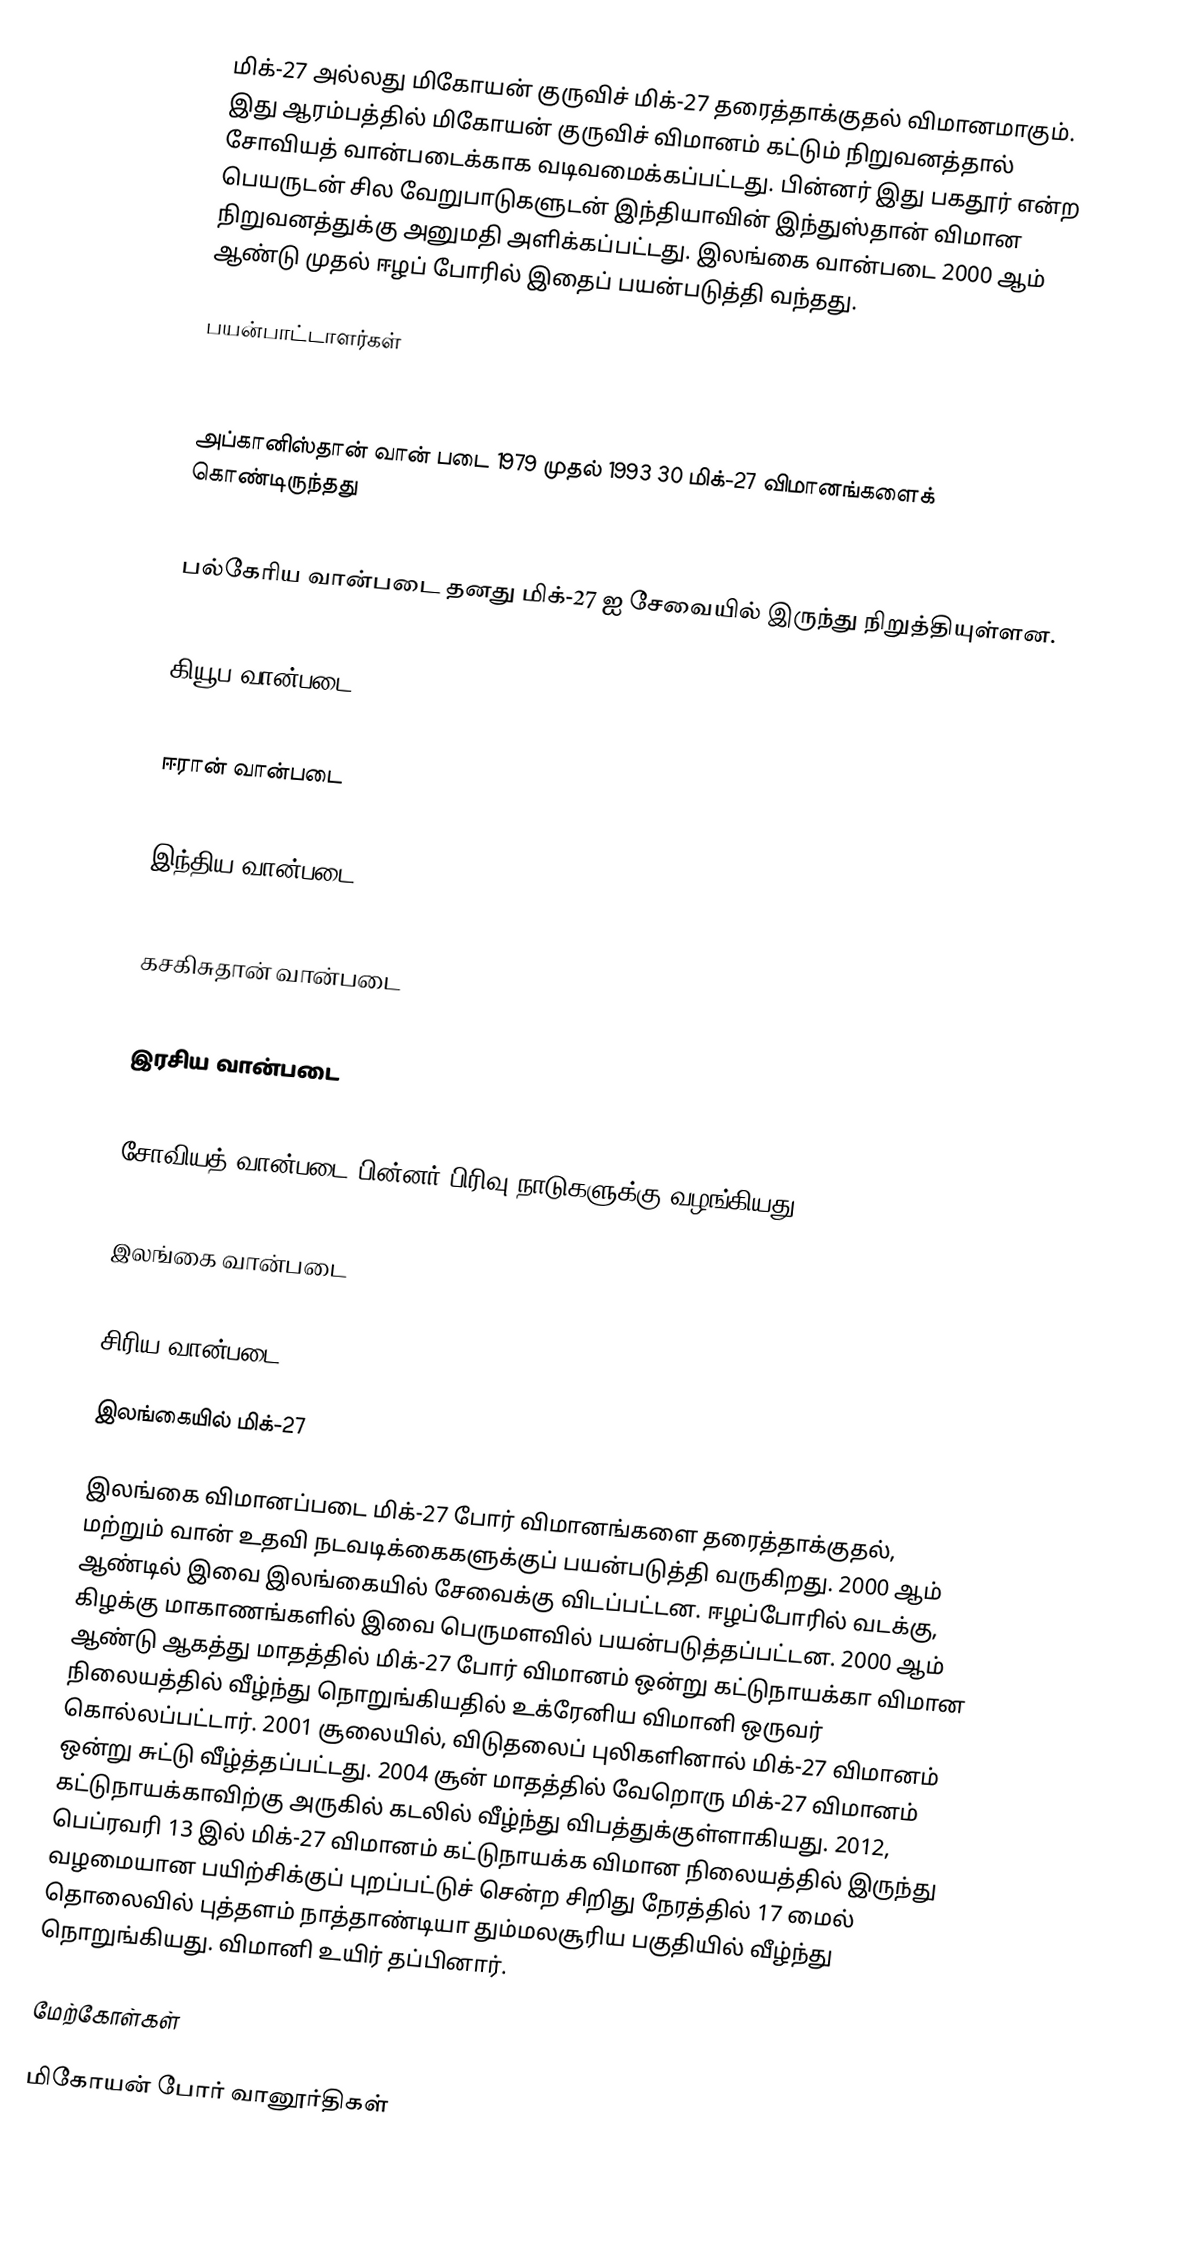
மிக்-27 அல்லது மிகோயன் குருவிச் மிக்-27 தரைத்தாக்குதல் விமானமாகும். இது ஆரம்பத்தில் மிகோயன் குருவிச் விமானம் கட்டும் நிறுவனத்தால் சோவியத் வான்படைக்காக வடிவமைக்கப்பட்டது. பின்னர் இது பகதூர் என்ற பெயருடன் சில வேறுபாடுகளுடன் இந்தியாவின் இந்துஸ்தான் விமான நிறுவனத்துக்கு அனுமதி அளிக்கப்பட்டது. இலங்கை வான்படை 2000 ஆம் ஆண்டு முதல் ஈழப் போரில் இதைப் பயன்படுத்தி வந்தது.

பயன்பாட்டாளர்கள்

 அப்கானிஸ்தான் வான் படை 1979 முதல் 1993 30 மிக்-27 விமானங்களைக் கொண்டிருந்தது

 பல்கேரிய வான்படை தனது மிக்-27 ஐ சேவையில் இருந்து நிறுத்தியுள்ளன.

 கியூப வான்படை

 ஈரான் வான்படை

 இந்திய வான்படை

 கசகிசுதான் வான்படை

 இரசிய வான்படை

 சோவியத் வான்படை பின்னர் பிரிவு நாடுகளுக்கு வழங்கியது.

 இலங்கை வான்படை

 சிரிய வான்படை

இலங்கையில் மிக்-27

இலங்கை விமானப்படை மிக்-27 போர் விமானங்களை தரைத்தாக்குதல், மற்றும் வான் உதவி நடவடிக்கைகளுக்குப் பயன்படுத்தி வருகிறது. 2000 ஆம் ஆண்டில் இவை இலங்கையில் சேவைக்கு விடப்பட்டன. ஈழப்போரில் வடக்கு, கிழக்கு மாகாணங்களில் இவை பெருமளவில் பயன்படுத்தப்பட்டன. 2000 ஆம் ஆண்டு ஆகத்து மாதத்தில் மிக்-27 போர் விமானம் ஒன்று கட்டுநாயக்கா விமான நிலையத்தில் வீழ்ந்து நொறுங்கியதில் உக்ரேனிய விமானி ஒருவர் கொல்லப்பட்டார். 2001 சூலையில், விடுதலைப் புலிகளினால் மிக்-27 விமானம் ஒன்று சுட்டு வீழ்த்தப்பட்டது. 2004 சூன் மாதத்தில் வேறொரு மிக்-27 விமானம் கட்டுநாயக்காவிற்கு அருகில் கடலில் வீழ்ந்து விபத்துக்குள்ளாகியது. 2012, பெப்ரவரி 13 இல் மிக்-27 விமானம் கட்டுநாயக்க விமான நிலையத்தில் இருந்து வழமையான பயிற்சிக்குப் புறப்பட்டுச் சென்ற சிறிது நேரத்தில் 17 மைல் தொலைவில் புத்தளம் நாத்தாண்டியா தும்மலசூரிய பகுதியில் வீழ்ந்து நொறுங்கியது. விமானி உயிர் தப்பினார்.

மேற்கோள்கள்

மிகோயன் போர் வானூர்திகள்